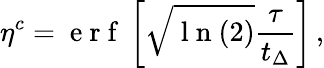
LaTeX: {\eta}^{c}=\mathrm{~e~r~f~}\left[\sqrt{\mathrm{~l~n~}(2)}\frac{\tau}{t_{\Delta}}\right]\, ,